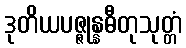
ဒုတိယပဇ္ဇုန္နဓီတုသုတ္တံ